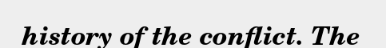
history of the conflict. The